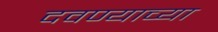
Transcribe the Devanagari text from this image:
दवण्याच्या